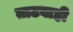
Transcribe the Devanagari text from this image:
ताटवाही